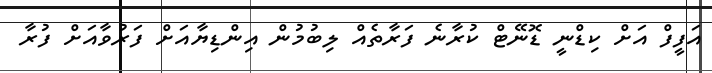
އަފީފް އަށް ކިޑްނީ ޑޮނޭޓް ކުރާނެ ފަރާތެއް ލިބުމުން އިންޑިޔާއަށް ފަރުވާއަށް ފުރާ